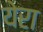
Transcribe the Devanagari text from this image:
येरा